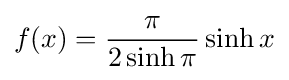
f(x)={\frac {\pi }{2\sinh \pi }}\sinh x